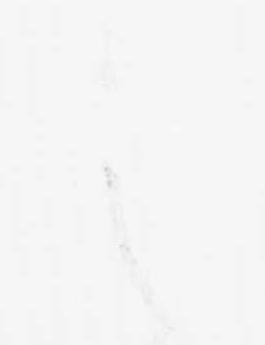
之